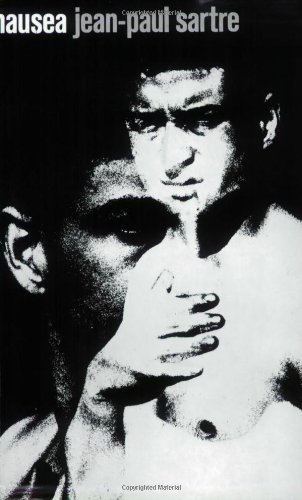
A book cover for Nausea (New Directions Paperbook); Jean-Paul Sartre; Biographies & Memoirs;